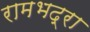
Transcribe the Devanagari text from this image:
रामभद्रा